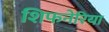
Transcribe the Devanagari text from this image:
शिफनेरिया